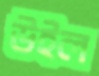
উইল